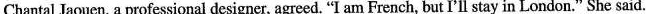
Chantal Jaouen, a professional designer, agreed. "I am French, but I'll stay in London." She said.